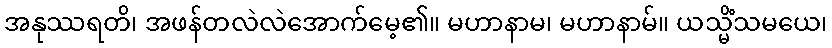
အနုဿရတိ၊ အဖန်တလဲလဲအောက်မေ့၏။ မဟာနာမ၊ မဟာနာမ်။ ယသ္မိံသမယေ၊